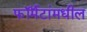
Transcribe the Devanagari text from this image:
फॉर्मॅटांमधील